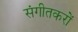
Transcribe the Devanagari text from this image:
संगीतकरों